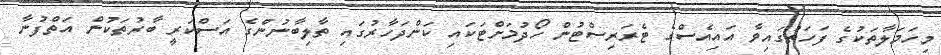
މިހަމަލާތަކުގެ ފަހަތުގައިވާ އައިއެސްގެ ޓެރަރިސްޓުން ހޯދުމަށްޓަކައި ކަންދަހާރުގައި ތާލިބާނުންގެ އަސްކަރީ ބާރުތަކުން އަތްފުނާ